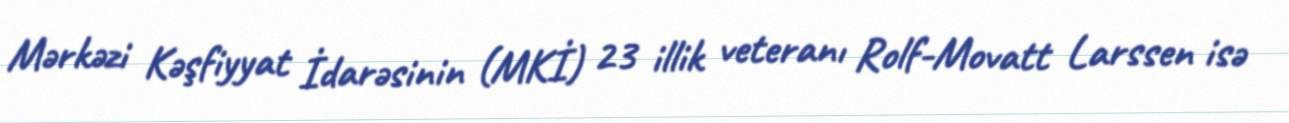
Mərkəzi Kəşfiyyat İdarəsinin (MKİ) 23 illik veteranı Rolf-Movatt Larssen isə